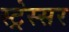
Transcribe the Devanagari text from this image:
स्ट्रेस्सर